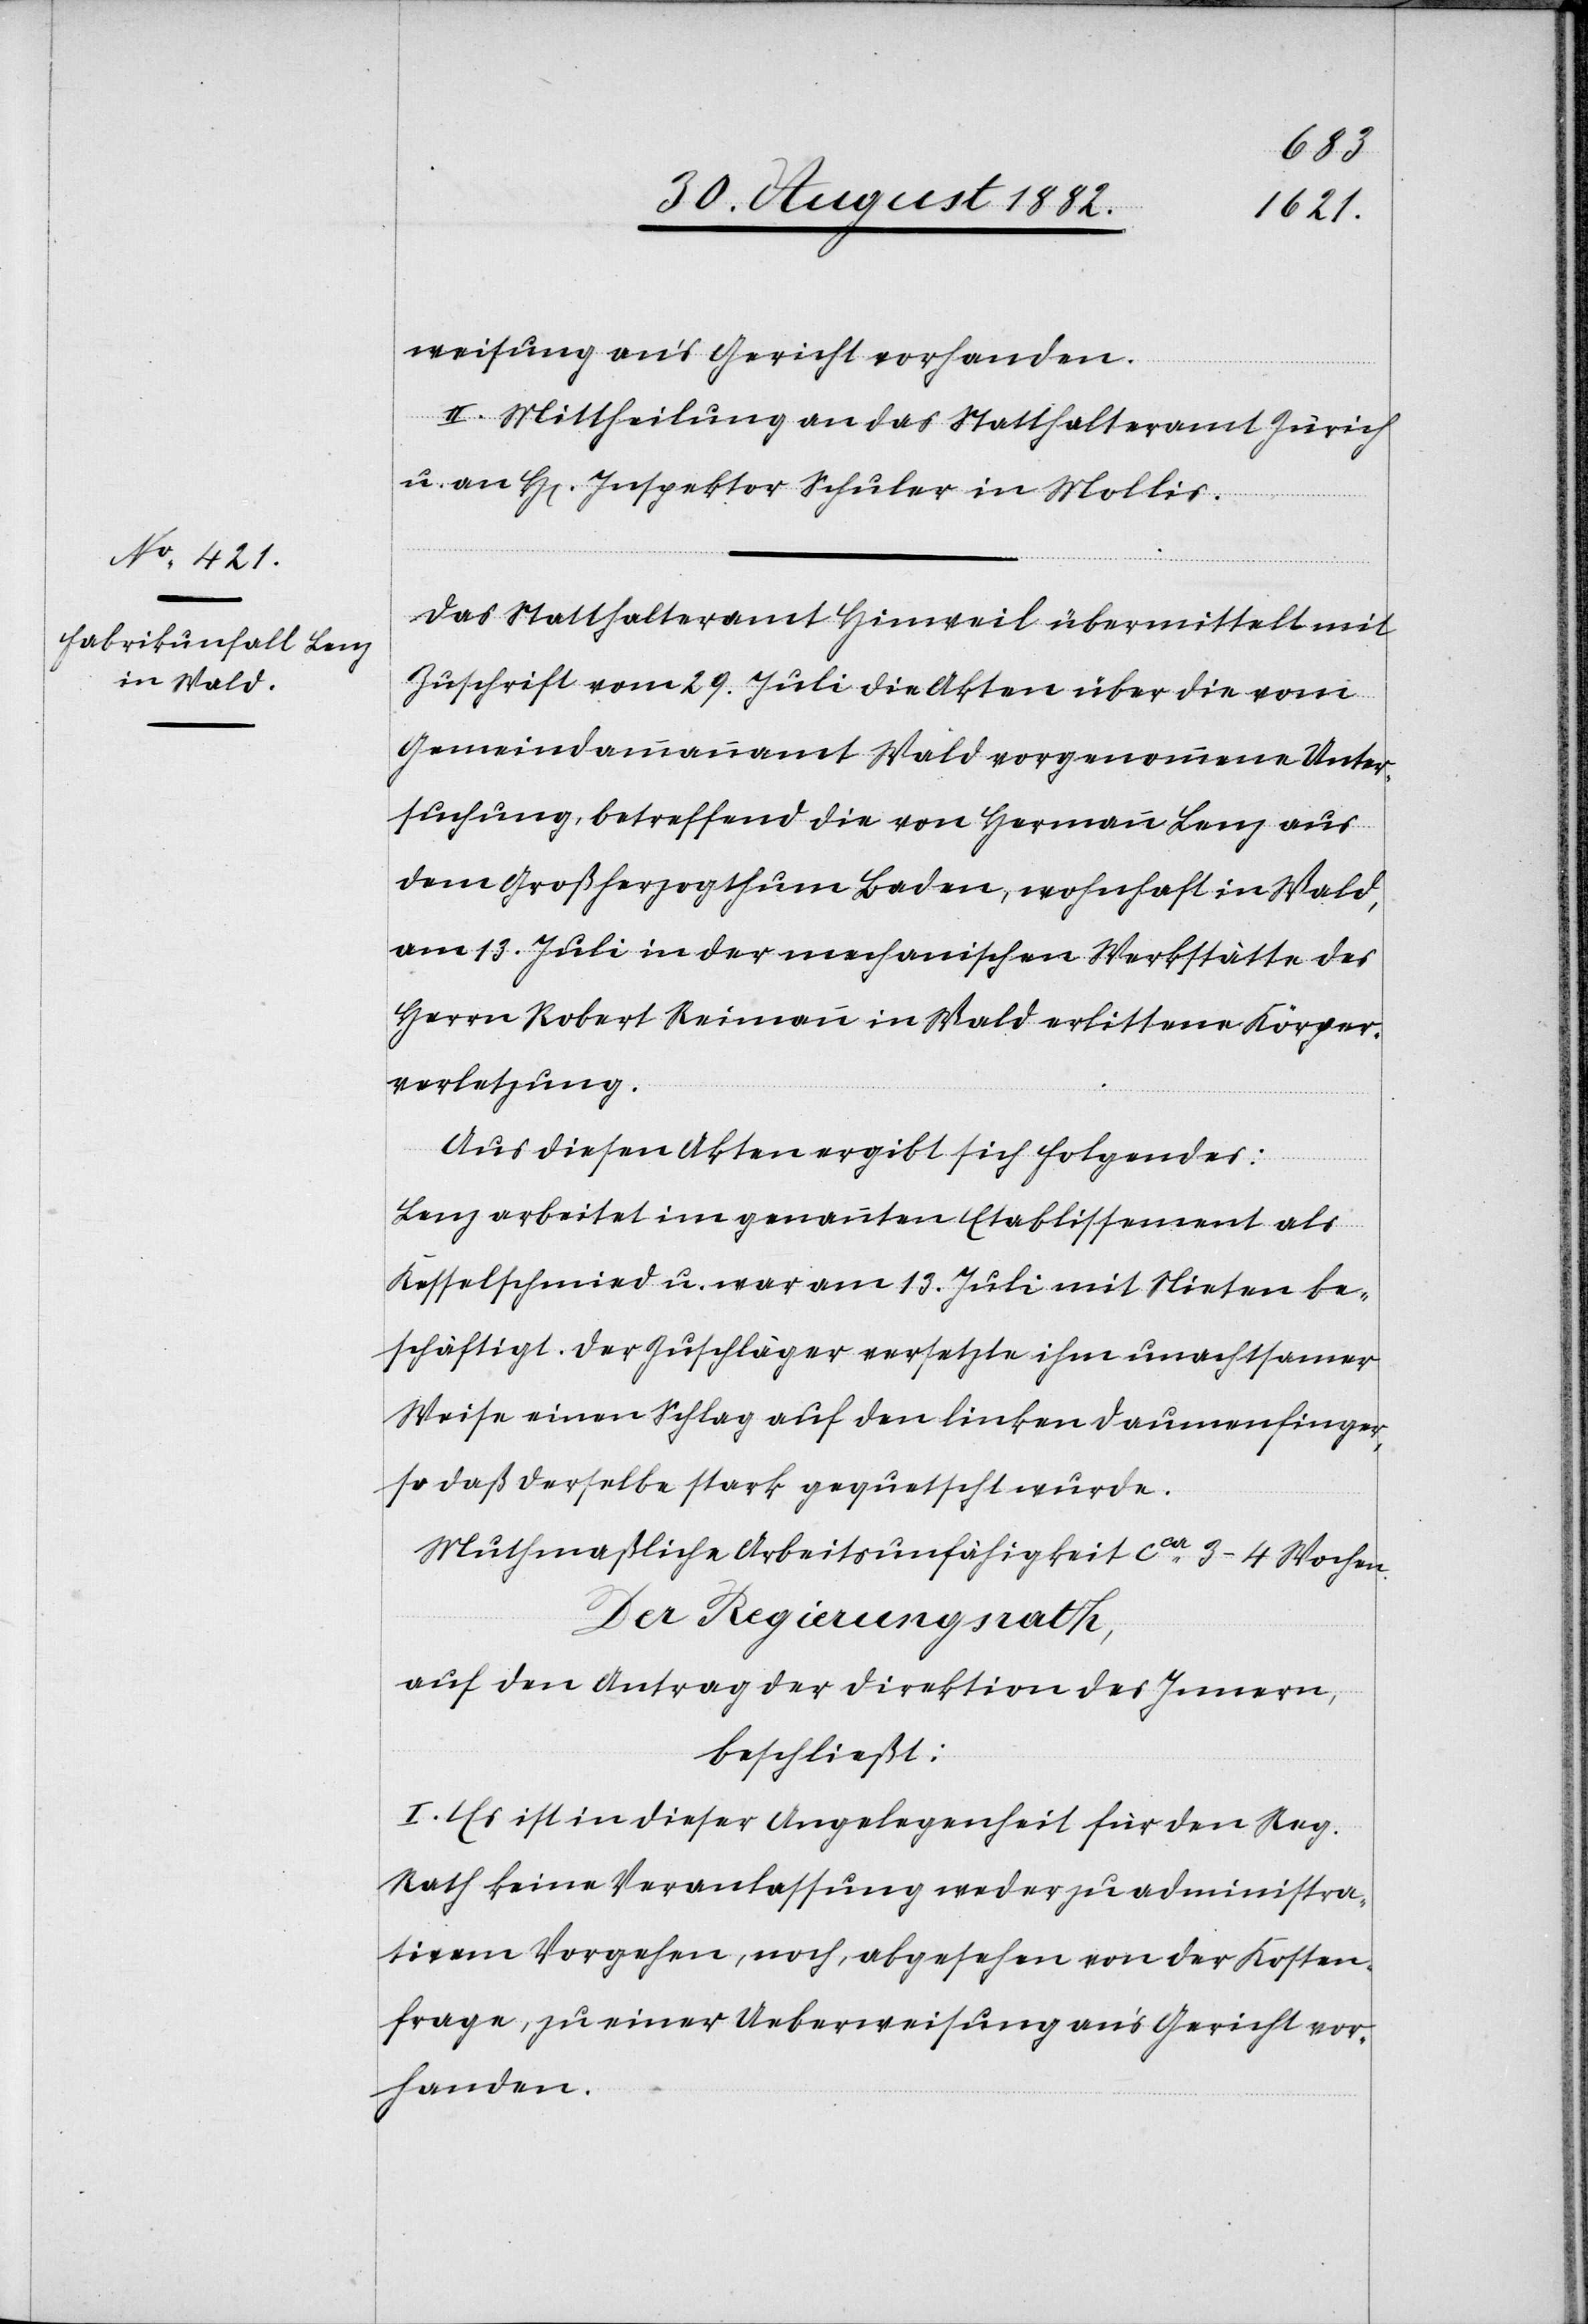
weisung an’s Gericht vorhanden.
II. Mittheilung an das Statthalteramt Zürich
u. an H[erren] Inspektor Schuler in Mollis.
Das Statthalteramt Hinweil übermittelt mit
Zuschrift vom 29. Juli die Akten über die vom
Gemeindammannamt Wald vorgenommene Unter¬
suchung, betreffend die von Hermann Lenz aus
dem Großherzogthum Baden, wohnhaft in Wald,
am 13. Juli in der mechanischen Werkstätte des
Herrn Robert Reimann in Wald erlittene Körper¬
verletzung.
Aus diesen Akten ergibt sich Folgendes:
Lenz arbeitete im genannten Etablissement als
Kesselschmied u. war am 13. Juli mit Nieten be¬
schäftigt. Der Zuschläger versetzte ihm unachtsamer
Weise einen Schlag auf den linken Daumenfinger,
so daß derselbe stark gequetscht wurde.
Muthmaßliche Arbeitsunfähigkeit ca 3–4 Wochen.
Der Regierungsrath;
auf den Antrag der Direktion des Innern,
beschließt:
I. Es ist in dieser Angelegenheit für den Reg.
Rath keine Veranlassung weder zu administra¬
tivem Vorgehen, noch, abgesehen von der Kosten¬
frage, zu einer Ueberweisung an’s Gericht vor¬
handen.